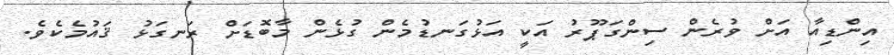
އިންޑިއާ އަށް ވުރެން ސިންގަޕޫރު އަކީ އަޅުގަނޑުމެން ގުޅެން މާބޮޑަށް ރަނގަޅު ޤައުމެކެވެ.